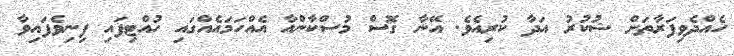
ހެއްދެވިފަރާތަށް ޝުކުރު އަދާ ކުރިއެވެ. އޭނާ ގޮސް މުސްކާންއާ އެއްހަމައެއްގައި ހުއްޓިފައި ފިނިވެފައިވާ